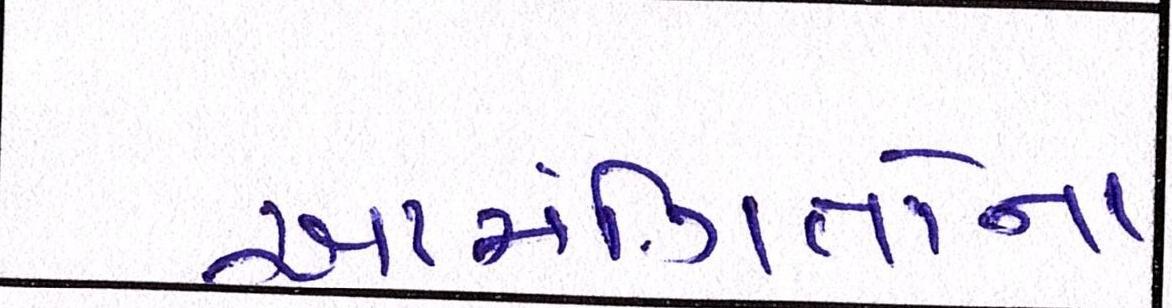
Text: આમંત્રિતોના